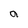
Character: a